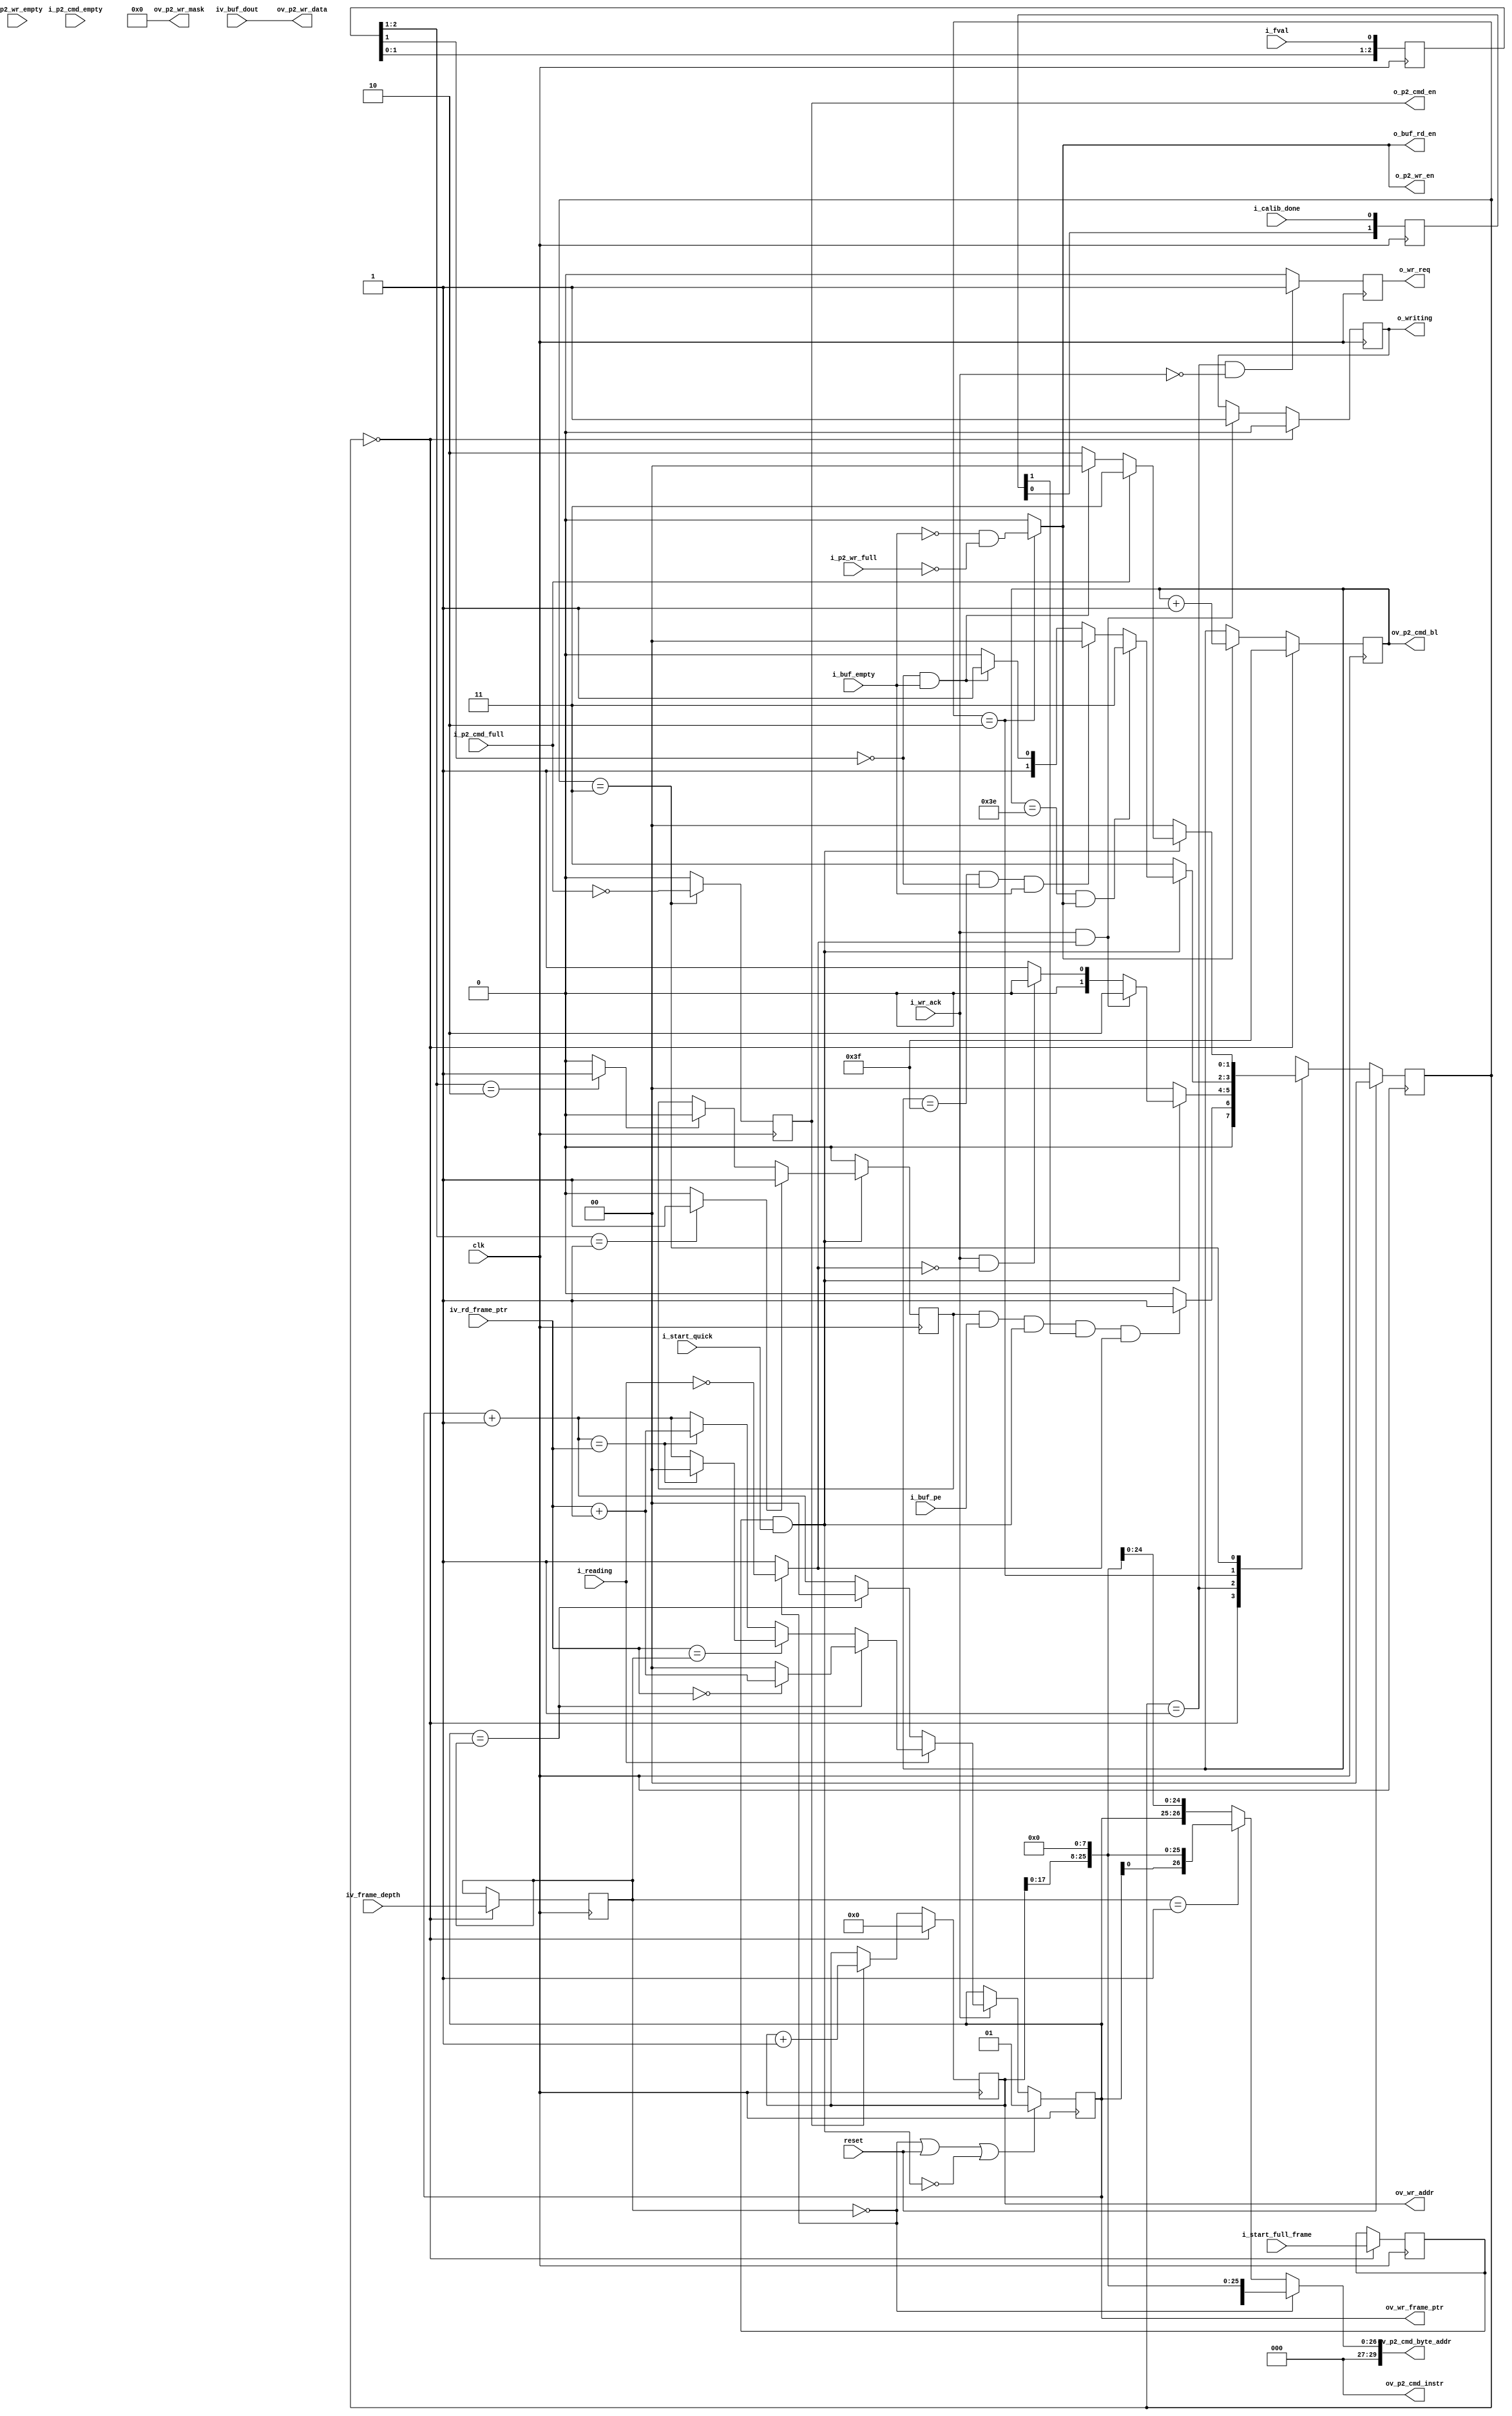
//-------------------------------------------------------------------------------------------------
//  --    : , 2010 -2015.
//  --      .
//  --          : FPGA
//  --        : wr_logic
//  --        : 
//-------------------------------------------------------------------------------------------------
//
//  --  :
//
//  --          :| 				:|  
//-------------------------------------------------------------------------------------------------
//  --        :| 2013/6/3 16:03:55	:|  
//  --        :| 2013/8/6 15:35:23	:|   fval_fall_reg fval_shift[1]
//  --        :| 2015/3/30 18:29:05	:|  1.
//												2.1-32
//												3.
//-------------------------------------------------------------------------------------------------
//
//  --      :	
//              1)  : FIFOMCB WR FIFO
//
//              2)  : ... ...
//
//              3)  : ... ...
//
//-------------------------------------------------------------------------------------------------
///
`timescale 1ns/1ps
//-------------------------------------------------------------------------------------------------

module wr_logic # (
	parameter		DATA_WIDTH			= 32		,	//
	parameter		PTR_WIDTH			= 2			,	//1-2 2-4 3-8 4-16 5-32
	parameter		RD_WR_WITH_PRE		= "FALSE"	,	//read write command end with precharge command
	parameter		DDR3_MEM_DENSITY	= "1Gb"		,	//DDR3  "1Gb" "512Mb"
	parameter		TERRIBLE_TRAFFIC	= "TRUE"		//TRUE-FALSE-
	)
	(
	//
	input						clk					,	//
	input						reset				,	//
	//
	input	[PTR_WIDTH-1:0]		iv_frame_depth		,	//  1 - 310
	input						i_start_full_frame	,	//
	input						i_start_quick		,	//
	//
	input						i_fval				,	//
	//FIFO
	input	[DATA_WIDTH-1:0]	iv_buf_dout			,	//FIFO
	output						o_buf_rd_en			,	//FIFO
	input						i_buf_pe			,	//FIFO
	input						i_buf_empty			,	//FIFO
	//wr logic
	output	[PTR_WIDTH-1:0]		ov_wr_frame_ptr		,	//
	output	[18:0]				ov_wr_addr			,	//
	output						o_writing			,	//
	//judge
	output						o_wr_req			,	//
	input						i_wr_ack			,	//
	//rd logic
	input	[PTR_WIDTH-1:0]		iv_rd_frame_ptr		,	//
	input						i_reading			,	//
	//MCB FIFO
	input						i_calib_done		,	//MCB
	output						o_p2_cmd_en			,	//MCB CMD FIFO 
	output	[2:0]				ov_p2_cmd_instr		,	//MCB CMD FIFO 
	output	[5:0]				ov_p2_cmd_bl		,	//MCB CMD FIFO 
	output	[29:0]				ov_p2_cmd_byte_addr	,	//MCB CMD FIFO 
	input						i_p2_cmd_empty		,	//MCB CMD FIFO 
	input						i_p2_cmd_full		,	//MCB CMD FIFO 

	output						o_p2_wr_en			,	//MCB WR FIFO 
	output	[3:0]				ov_p2_wr_mask		,	//MCB WR 
	output	[DATA_WIDTH-1:0]	ov_p2_wr_data		,	//MCB WR FIFO 
	input						i_p2_wr_full		,	//MCB WR FIFO 
	input						i_p2_wr_empty			//MCB WR FIFO 
	);

	//ref signals

	//FSM Parameter Define
	parameter	S_IDLE		= 2'd0;
	parameter	S_REQ		= 2'd1;
	parameter	S_WR		= 2'd2;
	parameter	S_CMD		= 2'd3;

	reg		[1:0]	current_state	= S_IDLE;
	reg		[1:0]	next_state		= S_IDLE;

	//FSM for sim
	// synthesis translate_off
	reg		[199:0]		state_ascii;
	always @ ( * ) begin
		case(current_state)
			2'd0 :	state_ascii	<= "S_IDLE";
			2'd1 :	state_ascii	<= "S_REQ";
			2'd2 :	state_ascii	<= "S_WR";
			2'd3 :	state_ascii	<= "S_CMD";
		endcase
	end
	// synthesis translate_on

	//	-------------------------------------------------------------------------------------
	//	
	//	1.
	//	--10
	//	2.MCB
	//	--precharge
	//	-------------------------------------------------------------------------------------
	localparam	WR_FRAME_PTR_RESET_VALUE	= (TERRIBLE_TRAFFIC=="TRUE") ? 1 : 0;
	localparam	WR_CMD_INSTR				= (RD_WR_WITH_PRE=="TRUE") ? 3'b010 : 3'b000;

	reg		[1:0]				calib_done_shift 		= 2'b0;
	reg		[2:0]				fval_shift 				= 3'b100;
	wire						fval_rise				;
	wire						fval_fall				;
	reg							buf_rd_reg 				= 1'b0;
	wire						buf_rd_int				;
	reg		[5:0]				word_cnt 				= 6'b111111;
	reg							cmd_en_reg 				= 1'b0;
	reg		[PTR_WIDTH-1:0]		wr_frame_ptr 			= WR_FRAME_PTR_RESET_VALUE;
	reg		[18:0]				wr_addr 				= 19'b0;
	reg							able_to_write 			= 1'b0;
	reg							wr_req_reg 				= 1'b0;
	reg		[PTR_WIDTH-1:0]		frame_depth_reg 		= 1;
	reg							start_full_frame_int	= 1'b0;
	wire						enable					;
	reg							fval_rise_reg 			= 1'b0;
	reg							writing_reg 			= 1'b0;
	reg							wr_cmd_reg 				= 1'b0;


	//ref ARCHITECTURE

	//	===============================================================================================
	//	ref *** ***
	//	===============================================================================================
	//  -------------------------------------------------------------------------------------
	//  calib_done  mcb drp clk 
	//  -------------------------------------------------------------------------------------
	always @ (posedge clk) begin
		calib_done_shift	<= {calib_done_shift[0],i_calib_done};
	end

	//  -------------------------------------------------------------------------------------
	//  
	//	1.i_fval
	//  -------------------------------------------------------------------------------------
	always @ (posedge clk) begin
		fval_shift	<= {fval_shift[1:0],i_fval};
	end
	assign	fval_rise	= (fval_shift[2:1] == 2'b01) ? 1'b1 : 1'b0;
	assign	fval_fall	= (fval_shift[2:1] == 2'b10) ? 1'b1 : 1'b0;

	//	===============================================================================================
	//	ref ******
	//	===============================================================================================
	//	-------------------------------------------------------------------------------------
	//	frame_depth_reg 
	//	1. frame_depth
	//	-------------------------------------------------------------------------------------
	always @ (posedge clk) begin
		if(current_state==S_IDLE) begin
			frame_depth_reg		<= iv_frame_depth;
		end
	end

	//  -------------------------------------------------------------------------------------
	//  
	//	1.idle
	//  -------------------------------------------------------------------------------------
	always @ (posedge clk) begin
		if(current_state==S_IDLE) begin
			start_full_frame_int	<= i_start_full_frame;
		end
	end

	//  -------------------------------------------------------------------------------------
	//	
	//	1.
	//  -------------------------------------------------------------------------------------
	assign	enable	= start_full_frame_int & i_start_quick;

	//	===============================================================================================
	//	ref ******
	//	===============================================================================================
	//	-------------------------------------------------------------------------------------
	//	
	//	1. fval_rise_reg=0 =1i_fval1
	//	2.
	//	--2.1i_fvalfval_rise_reg=1
	//	--2.2i_fvalfval_rise_reg=0
	//	3.idle
	//	-------------------------------------------------------------------------------------
	always @ (posedge clk) begin
		if(!enable) begin
			fval_rise_reg	<= 1'b0;
		end
		else begin
			if(fval_rise == 1'b1) begin
				fval_rise_reg	<= 1'b1;
			end
			else if(fval_fall == 1'b1) begin
				fval_rise_reg	<= 1'b0;
			end
		end
	end

	//	===============================================================================================
	//	ref ***FIFO MCB ***
	//	===============================================================================================
	//  -------------------------------------------------------------------------------------
	//  FIFO
	//	1.fifofifo
	//	2.
	//  -------------------------------------------------------------------------------------
	assign	buf_rd_int		= (current_state==S_WR) ? (~i_buf_empty & ~i_p2_wr_full) : 1'b0;
	assign	o_buf_rd_en		= buf_rd_int;

	//  -------------------------------------------------------------------------------------
	//  MCB fifo 
	//	1.FIFO
	//	2.FIFO first word fall through
	//  -------------------------------------------------------------------------------------
	assign	o_p2_wr_en		= buf_rd_int;

	//  -------------------------------------------------------------------------------------
	//  MCB fifo 
	//	1.FIFOMCBfifo
	//	2.FIFO first word fall through
	//	3.FIFOMCB WR FIFO33 FFs
	//  -------------------------------------------------------------------------------------
	assign	ov_p2_wr_data	= iv_buf_dout;

	//	-------------------------------------------------------------------------------------
	//	mask
	//	1.mask
	//	-------------------------------------------------------------------------------------
	assign	ov_p2_wr_mask	= 4'b0000;

	//	-------------------------------------------------------------------------------------
	//	MCB CMD FIFO 
	//	1. CMD cmd fifo
	//	2.cmd fifo
	//		mcb ddr3
	//	-------------------------------------------------------------------------------------
	always @ (posedge clk) begin
		if((current_state==S_CMD)) begin
			wr_cmd_reg	<= ~i_p2_cmd_full;
		end
		else begin
			wr_cmd_reg	<= 1'b0;
		end
	end
	assign	o_p2_cmd_en	= wr_cmd_reg;

	//	-------------------------------------------------------------------------------------
	//	
	//	1.2
	//	-------------------------------------------------------------------------------------
	assign	ov_p2_cmd_instr	= WR_CMD_INSTR;

	//  -------------------------------------------------------------------------------------
	//	
	//	1.UG388 pg63 
	//	2.ddr3
	//	3.256yte8bit0
	//	4.512Mb
	//	5.
	//  -------------------------------------------------------------------------------------
	//	-------------------------------------------------------------------------------------
	//	2
	//	-------------------------------------------------------------------------------------
	generate
		if(PTR_WIDTH==1 && DDR3_MEM_DENSITY=="512Mb") begin
			assign	ov_p2_cmd_byte_addr	=
			(frame_depth_reg==1'd0) ? {{4'b0},wr_addr[17:0],{8'b0}} : 	//
			{{4'b0},wr_frame_ptr[0],wr_addr[16:0],{8'b0}}	;			//2
		end
		else if(PTR_WIDTH==1 && DDR3_MEM_DENSITY=="1Gb") begin
			assign	ov_p2_cmd_byte_addr	=
			(frame_depth_reg==1'd0) ? {{3'b0},wr_addr[18:0],{8'b0}} : 	//
			{{3'b0},wr_frame_ptr[0],wr_addr[17:0],{8'b0}}	;			//2
		end
	endgenerate

	//	-------------------------------------------------------------------------------------
	//	4
	//	-------------------------------------------------------------------------------------
	generate
		if(PTR_WIDTH==2 && DDR3_MEM_DENSITY=="512Mb") begin
			assign	ov_p2_cmd_byte_addr	=
			(frame_depth_reg==2'd0) ? {{4'b0},wr_addr[17:0],{8'b0}} : 					//
			(frame_depth_reg==2'd1) ? {{4'b0},wr_frame_ptr[0],wr_addr[16:0],{8'b0}} : 	//2
			{{4'b0},wr_frame_ptr[1:0],wr_addr[15:0],{8'b0}}	;							//3 4 
		end
		else if(PTR_WIDTH==2 && DDR3_MEM_DENSITY=="1Gb") begin
			assign	ov_p2_cmd_byte_addr	=
			(frame_depth_reg==2'd0) ? {{3'b0},wr_addr[18:0],{8'b0}} : 					//
			(frame_depth_reg==2'd1) ? {{3'b0},wr_frame_ptr[0],wr_addr[17:0],{8'b0}} : 	//2
			{{3'b0},wr_frame_ptr[1:0],wr_addr[16:0],{8'b0}}	;							//3 4 
		end
	endgenerate

	//	-------------------------------------------------------------------------------------
	//	8
	//	-------------------------------------------------------------------------------------
	generate
		if(PTR_WIDTH==3 && DDR3_MEM_DENSITY=="512Mb") begin
			assign	ov_p2_cmd_byte_addr	=
			(frame_depth_reg==3'd0) ? {{4'b0},wr_addr[17:0],{8'b0}} : 												//
			(frame_depth_reg==3'd1) ? {{4'b0},wr_frame_ptr[0],wr_addr[16:0],{8'b0}} : 								//2
			(frame_depth_reg==3'd2 || frame_depth_reg==3'd3) ? {{4'b0},wr_frame_ptr[1:0],wr_addr[15:0],{8'b0}} :	//3 4 
			{{4'b0},wr_frame_ptr[2:0],wr_addr[14:0],{8'b0}};														//5 - 8 
		end
		else if(PTR_WIDTH==3 && DDR3_MEM_DENSITY=="1Gb") begin
			assign	ov_p2_cmd_byte_addr	=
			(frame_depth_reg==3'd0) ? {{3'b0},wr_addr[18:0],{8'b0}} : 												//
			(frame_depth_reg==3'd1) ? {{3'b0},wr_frame_ptr[0],wr_addr[17:0],{8'b0}} : 								//2
			(frame_depth_reg==3'd2 || frame_depth_reg==3'd3) ? {{3'b0},wr_frame_ptr[1:0],wr_addr[16:0],{8'b0}} :	//3 4 
			{{3'b0},wr_frame_ptr[2:0],wr_addr[15:0],{8'b0}};														//5 - 8 
		end
	endgenerate

	//	-------------------------------------------------------------------------------------
	//	16
	//	-------------------------------------------------------------------------------------
	generate
		if(PTR_WIDTH==4 && DDR3_MEM_DENSITY=="512Mb") begin
			assign	ov_p2_cmd_byte_addr	=
			(frame_depth_reg==4'd0) ? {{4'b0},wr_addr[17:0],{8'b0}} : 												//
			(frame_depth_reg==4'd1) ? {{4'b0},wr_frame_ptr[0],wr_addr[16:0],{8'b0}} : 								//2
			(frame_depth_reg==4'd2 || frame_depth_reg==4'd3) ? {{4'b0},wr_frame_ptr[1:0],wr_addr[15:0],{8'b0}} :	//3 4 
			(frame_depth_reg>=4'd4 && frame_depth_reg<=4'd7) ? {{4'b0},wr_frame_ptr[2:0],wr_addr[14:0],{8'b0}} :	//5 - 8 
			{{4'b0},wr_frame_ptr[3:0],wr_addr[13:0],{8'b0}};														//9 - 16 
		end
		else if(PTR_WIDTH==4 && DDR3_MEM_DENSITY=="1Gb") begin
			assign	ov_p2_cmd_byte_addr	=
			(frame_depth_reg==4'd0) ? {{3'b0},wr_addr[18:0],{8'b0}} : 												//
			(frame_depth_reg==4'd1) ? {{3'b0},wr_frame_ptr[0],wr_addr[17:0],{8'b0}} : 								//2
			(frame_depth_reg==4'd2 || frame_depth_reg==4'd3) ? {{3'b0},wr_frame_ptr[1:0],wr_addr[16:0],{8'b0}} :	//3 4 
			(frame_depth_reg>=4'd4 && frame_depth_reg<=4'd7) ? {{3'b0},wr_frame_ptr[2:0],wr_addr[15:0],{8'b0}} :	//5 - 8 
			{{3'b0},wr_frame_ptr[3:0],wr_addr[14:0],{8'b0}};														//9 - 16 
		end
	endgenerate

	//	-------------------------------------------------------------------------------------
	//	32
	//	-------------------------------------------------------------------------------------
	generate
		if(PTR_WIDTH==5 && DDR3_MEM_DENSITY=="512Mb") begin
			assign	ov_p2_cmd_byte_addr	=
			(frame_depth_reg==5'd0) ? {{4'b0},wr_addr[17:0],{8'b0}} : 												//
			(frame_depth_reg==5'd1) ? {{4'b0},wr_frame_ptr[0],wr_addr[16:0],{8'b0}} : 								//2
			(frame_depth_reg==5'd2 || frame_depth_reg==5'd3) ? {{4'b0},wr_frame_ptr[1:0],wr_addr[15:0],{8'b0}} :	//3 4 
			(frame_depth_reg>=5'd4 && frame_depth_reg<=5'd7) ? {{4'b0},wr_frame_ptr[2:0],wr_addr[14:0],{8'b0}} :	//5 - 8 
			(frame_depth_reg>=5'd8 && frame_depth_reg<=5'd15) ? {{4'b0},wr_frame_ptr[3:0],wr_addr[13:0],{8'b0}} :	//9 - 16 
			{{4'b0},wr_frame_ptr[4:0],wr_addr[12:0],{8'b0}};														//17 - 32 
		end
		else if(PTR_WIDTH==5 && DDR3_MEM_DENSITY=="1Gb") begin
			assign	ov_p2_cmd_byte_addr	=
			(frame_depth_reg==5'd0) ? {{3'b0},wr_addr[18:0],{8'b0}} : 												//
			(frame_depth_reg==5'd1) ? {{3'b0},wr_frame_ptr[0],wr_addr[17:0],{8'b0}} : 								//2
			(frame_depth_reg==5'd2 || frame_depth_reg==5'd3) ? {{3'b0},wr_frame_ptr[1:0],wr_addr[16:0],{8'b0}} :	//3 4 
			(frame_depth_reg>=5'd4 && frame_depth_reg<=5'd7) ? {{3'b0},wr_frame_ptr[2:0],wr_addr[15:0],{8'b0}} :	//5 - 8 
			(frame_depth_reg>=5'd8 && frame_depth_reg<=5'd15) ? {{3'b0},wr_frame_ptr[3:0],wr_addr[14:0],{8'b0}} :	//9 - 16 
			{{3'b0},wr_frame_ptr[4:0],wr_addr[13:0],{8'b0}};														//17 - 32 
		end
	endgenerate

	//	===============================================================================================
	//	ref ******
	//	===============================================================================================
	//  -------------------------------------------------------------------------------------
	//  
	//	1.req=0
	//  -------------------------------------------------------------------------------------
	always @ (posedge clk) begin
		if(current_state==S_REQ && i_wr_ack==1'b0) begin
			wr_req_reg	<= 1'b1;
		end
		else begin
			wr_req_reg	<= 1'b0;
		end
	end
	assign	o_wr_req	= wr_req_reg;

	//  -------------------------------------------------------------------------------------
	//  
	//	1.idle
	//	2.
	//  -------------------------------------------------------------------------------------
	always @ (posedge clk) begin
		if(current_state==S_IDLE) begin
			writing_reg	<= 1'b0;
		end
		else if(i_wr_ack==1'b1 && able_to_write==1'b1) begin
			writing_reg	<= 1'b1;
		end
	end
	assign	o_writing	= writing_reg;

	//	===============================================================================================
	//	ref ******
	//	===============================================================================================
	//  -------------------------------------------------------------------------------------
	//  --
	//	1.REQ
	//	2.
	//	3.
	//  -------------------------------------------------------------------------------------
	always @ ( * ) begin
		if(frame_depth_reg==0) begin
			able_to_write	<= !i_reading;
		end
		else begin
			able_to_write	<= 1'b1;
		end
	end

	//	===============================================================================================
	//	ref ******
	//	===============================================================================================
	//	-------------------------------------------------------------------------------------
	//	word_cnt burst
	//	1.burst64
	//	2.resetreset=1idle
	//	3.wr_adddr
	//	-------------------------------------------------------------------------------------
	always @ (posedge clk) begin
		if(current_state==S_IDLE) begin
			word_cnt	<= 6'b111111;
		end
		else if(buf_rd_int==1'b1) begin
			word_cnt	<= word_cnt + 1'b1;
		end
	end

	//	-------------------------------------------------------------------------------------
	//	
	//	1.burst_length=word_cntDDR
	//	-------------------------------------------------------------------------------------
	assign	ov_p2_cmd_bl	= word_cnt;

	//  -------------------------------------------------------------------------------------
	//  
	//	1.idle
	//	2.resetreset=1idle
	//	3.1
	//  -------------------------------------------------------------------------------------
	always @ (posedge clk) begin
		if(current_state==S_IDLE) begin
			wr_addr	<= 19'b0;
		end
		else if(wr_cmd_reg == 1'b1) begin
			wr_addr	<= wr_addr + 1'b1;
		end
	end
	assign	ov_wr_addr	= wr_addr;

	//	-------------------------------------------------------------------------------------
	//	
	//	1.1
	//	2.
	//	-------------------------------------------------------------------------------------
	always @ (posedge clk) begin
		if(frame_depth_reg==0 || reset==1'b1 || enable==1'b0) begin
			wr_frame_ptr	<= WR_FRAME_PTR_RESET_VALUE;
		end
		else begin
			//	-------------------------------------------------------------------------------------
			//	1.=1=0
			//	2.=1=0
			//	3.=1=1
			//	--3.1
			//	----0
			//	----00
			//	--3.2
			//	----+1=0
			//	----+1!=
			//	--3.3
			//	----+1=
			//	----+1!=
			//	-------------------------------------------------------------------------------------
			if(i_wr_ack==1'b1) begin
				if(i_reading==1'b1) begin
					if(wr_frame_ptr==frame_depth_reg) begin
						if(iv_rd_frame_ptr==0) begin
							wr_frame_ptr	<= iv_rd_frame_ptr + 1'b1;
						end
						else begin
							wr_frame_ptr	<= 0;
						end
					end
					else if(iv_rd_frame_ptr==frame_depth_reg) begin
						if((wr_frame_ptr+1'b1)==iv_rd_frame_ptr) begin
							wr_frame_ptr	<= 0;
						end
						else begin
							wr_frame_ptr	<= wr_frame_ptr + 1'b1;
						end
					end
					else begin
						if((wr_frame_ptr+1'b1)==iv_rd_frame_ptr) begin
							wr_frame_ptr	<= iv_rd_frame_ptr + 1'b1;
						end
						else begin
							wr_frame_ptr	<= wr_frame_ptr + 1'b1;
						end
					end
				end
				else begin
					if(wr_frame_ptr==frame_depth_reg) begin
						wr_frame_ptr	<= 0;
					end
					else begin
						wr_frame_ptr	<= wr_frame_ptr + 1'b1;
					end
				end
			end
		end
	end
	assign	ov_wr_frame_ptr		= wr_frame_ptr;

	//  -------------------------------------------------------------------------------------
	//	ref FSM 
	//  -------------------------------------------------------------------------------------
	//FSM Sequential Logic
	always @ (posedge clk) begin
		if(reset==1'b1) begin
			current_state	<= S_IDLE;
		end
		else begin
			current_state	<= next_state;
		end
	end

	//FSM Conbinatial Logic
	always @ ( * ) begin
		case(current_state)
			//	-------------------------------------------------------------------------------------
			//	IDLE
			//	1.
			//	--fval
			//	--FIFO
			//	--
			//	--DDR3
			//	--able_to_write  IDLEREQ
			//	2.IDLE
			//	-------------------------------------------------------------------------------------
			S_IDLE :
			if(fval_rise_reg==1'b1 && i_buf_pe==1'b1 && enable==1'b1 && calib_done_shift[1]==1'b1 && able_to_write==1'b1) begin
				next_state	= S_REQ;
			end
			else begin
				next_state	= S_IDLE;
			end
			//	-------------------------------------------------------------------------------------
			//	
			//	1.JUDGE
			//	2.ACK1clk
			//	3.idle
			//	4.
			//	--CMD
			//	--idle
			//	5.judge2
			//	-------------------------------------------------------------------------------------
			S_REQ :
			if(!enable) begin
				next_state	= S_IDLE;
			end
			else begin
				if(i_wr_ack==1'b1 && able_to_write==1'b1) begin
					next_state	= S_WR;
				end
				else if(i_wr_ack==1'b1 && able_to_write==1'b0) begin
					next_state	= S_IDLE;
				end
				else begin
					next_state	= S_REQ;
				end
			end
			//	-------------------------------------------------------------------------------------
			//	
			//	1.cmdenable
			//	2.
			//	--641burstcmd
			//	--cmd
			//	--cmd
			//	-------------------------------------------------------------------------------------
			S_WR :
			if(!enable) begin
				next_state	= S_CMD;
			end
			else begin
				if(word_cnt==6'b111110 && buf_rd_int==1'b1) begin
					next_state	= S_CMD;
				end
				else if(word_cnt==6'b111111 && fval_shift[1]==1'b0 && i_buf_empty==1'b1) begin
					next_state	= S_IDLE;
				end
				else if(fval_shift[1]==1'b0 && i_buf_empty==1'b1) begin
					next_state	= S_CMD;
				end
				else begin
					next_state	= S_WR;
				end
			end
			//	-------------------------------------------------------------------------------------
			//	
			//	1.cmdenable
			//	2.
			//	--cmd fifo
			//	----fifofval=0idle
			//	----wr
			//	--cmd fifo
			//	-------------------------------------------------------------------------------------
			S_CMD :
			if(!enable) begin
				next_state	= S_IDLE;
			end
			else begin
				if(i_p2_cmd_full==1'b0) begin
					if(fval_shift[1]==1'b0 && i_buf_empty==1'b1) begin
						next_state	= S_IDLE;
					end
					else begin
						next_state	= S_WR;
					end
				end
				else begin
					next_state	= S_CMD;
				end
			end
			default :
			next_state	= S_IDLE;
		endcase
	end



endmodule